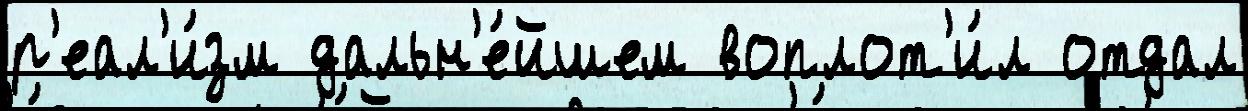
р'еал'и́зм дальн'е́йшем воплот'и́л отдал